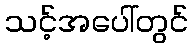
သင့်အပေါ်တွင်